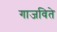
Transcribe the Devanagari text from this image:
गाजविते